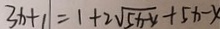
3 x + 1 1 = 1 + 2 \sqrt { 5 x - 4 } + 5 x - x